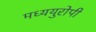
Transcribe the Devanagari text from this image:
मध्ययुरोपी